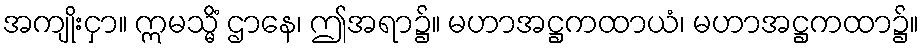
အကျိုးငှာ။ ဣမသ္မိံ ဌာနေ၊ ဤအရာ၌။ မဟာအဋ္ဌကထာယံ၊ မဟာအဋ္ဌကထာ၌။